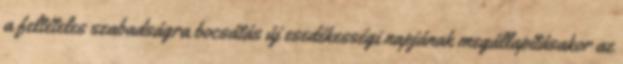
a feltételes szabadságra bocsátás új esedékességi napjának megállapításakor az